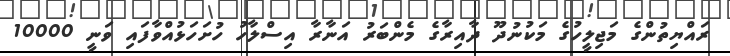
ރައްޔިތުންގެ މަޖިލީހުގެ މަކުނުދޫ ދާއިރާގެ މެންބަރު އަނާރާ އިސްލާހު ހުށަހަޅުއްވާފައި ވަނީ 10000